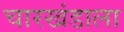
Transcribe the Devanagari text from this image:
चारखंडाला